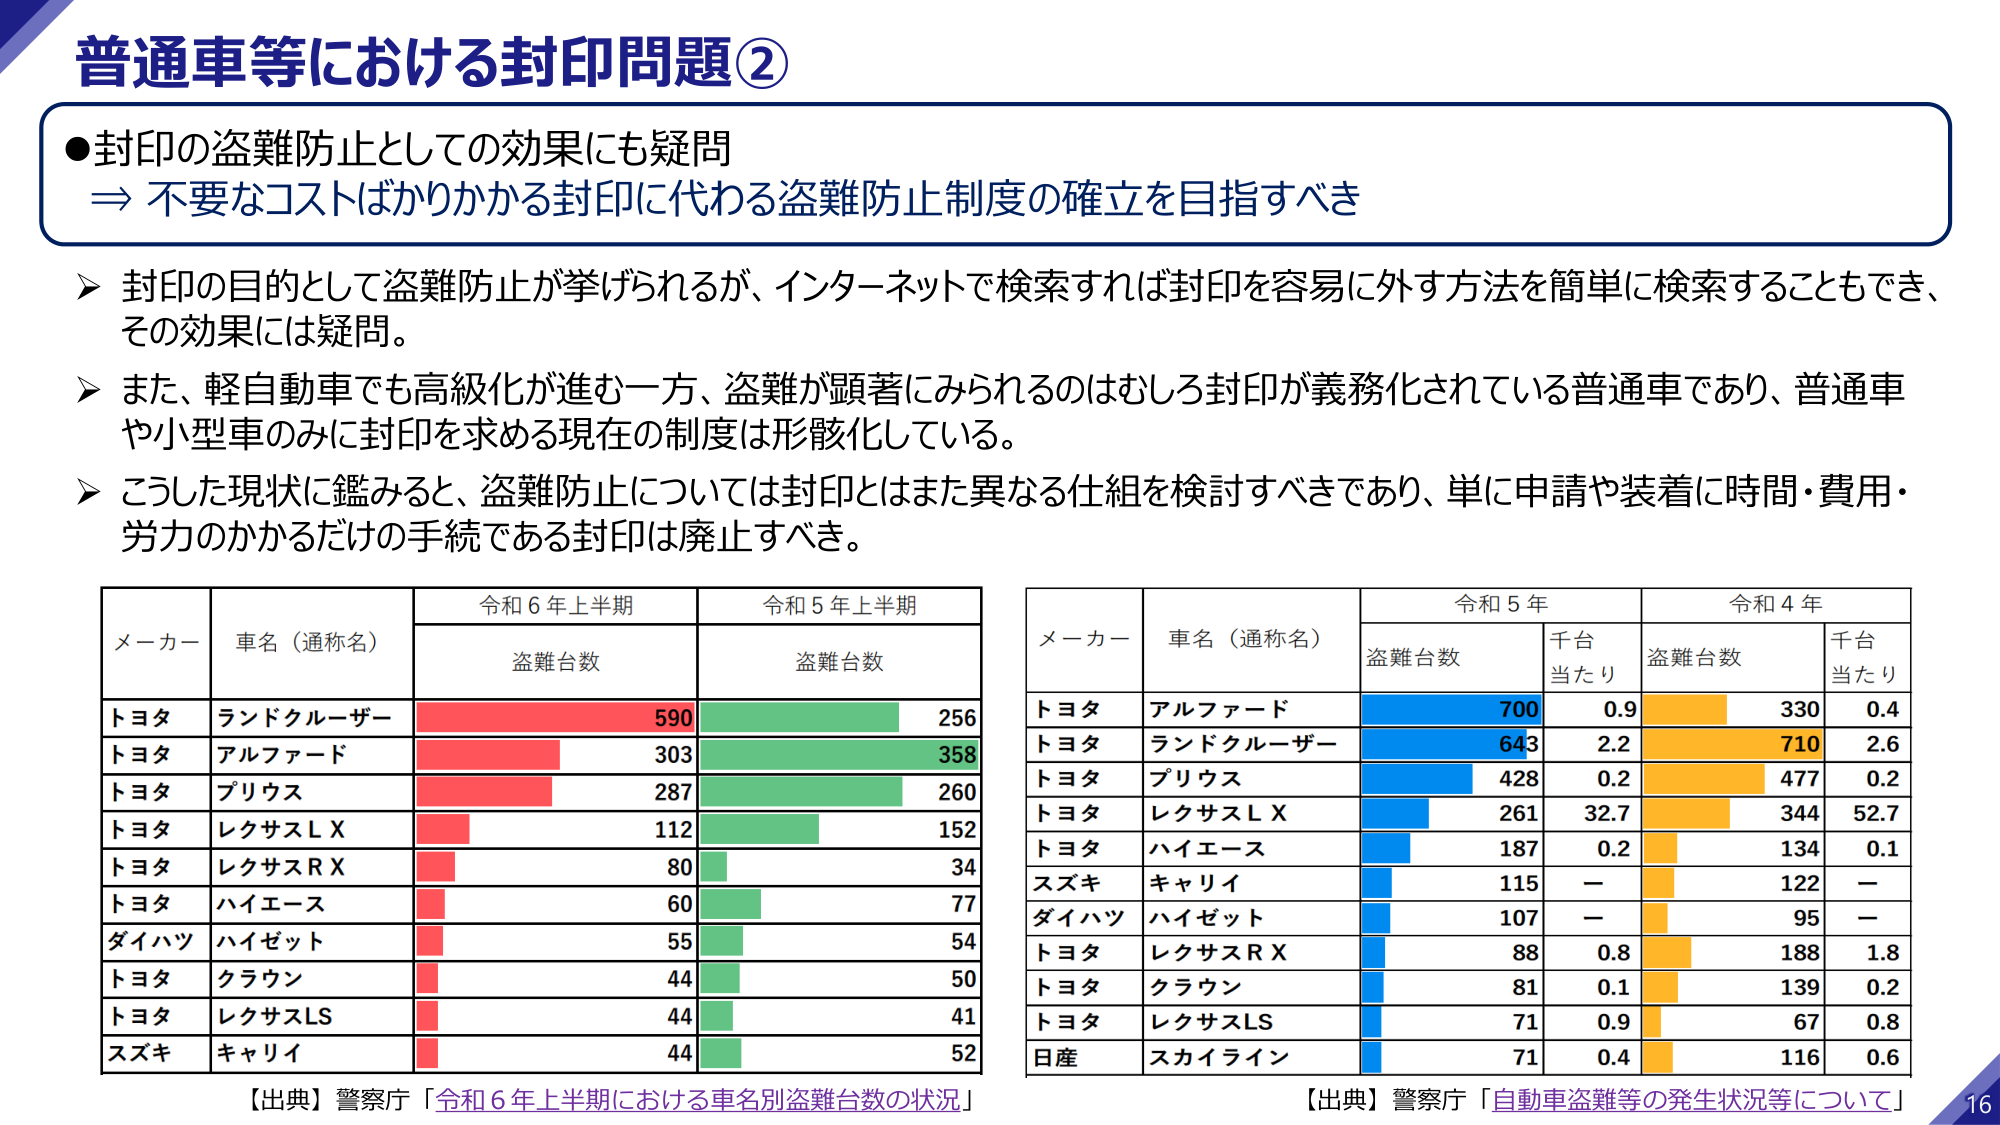
普通車等における封印問題②

●封印の盗難防止としての効果にも疑問
⇒ 不要なコストばかりかかる封印に代わる盗難防止制度の確立を目指すべき

➤ 封印の目的として盗難防止が挙げられるが、インターネットで検索すれば封印を容易に外す方法を簡単に検索することもでき、その効果には疑問。

➤ また、軽自動車でも高級化が進む一方、盗難が顕著にみられるのはむしろ封印が義務化されている普通車であり、普通車や小型車のみに封印を求める現在の制度は形骸化している。

➤ こうした現状に鑑みると、盗難防止については封印とはまた異なる仕組を検討すべきであり、単に申請や装着に時間・費用・労力のかかるだけの手続である封印は廃止すべき。

【左表】
メーカー 車名（通称名） 令和6年上半期 令和5年上半期
　　　　　　　　　　　盗難台数 盗難台数
トヨタ ランドクルーザー 590 256
トヨタ アルファード 303 358
トヨタ プリウス 287 260
トヨタ レクサスＬＸ 112 152
トヨタ レクサスＲＸ 80 34
トヨタ ハイエース 60 77
ダイハツ ハイゼット 55 54
トヨタ クラウン 44 50
トヨタ レクサスLS 44 41
スズキ キャリイ 44 52

【出典】警察庁「令和6年上半期における車名別盗難台数の状況」

【右表】
メーカー 車名（通称名） 令和5年 令和4年
　　　　　　　　　　　盗難台数 千台当たり 盗難台数 千台当たり
トヨタ アルファード 700 0.9 330 0.4
トヨタ ランドクルーザー 643 2.2 710 2.6
トヨタ プリウス 428 0.2 477 0.2
トヨタ レクサスＬＸ 261 32.7 344 52.7
トヨタ ハイエース 187 0.2 134 0.1
スズキ キャリイ 115 － 122 －
ダイハツ ハイゼット 107 － 95 －
トヨタ レクサスＲＸ 88 0.8 188 1.8
トヨタ クラウン 81 0.1 139 0.2
トヨタ レクサスLS 71 0.9 67 0.8
日産 スカイライン 71 0.4 116 0.6

【出典】警察庁「自動車盗難等の発生状況等について」

16